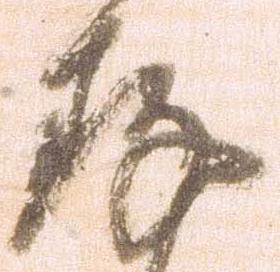
存